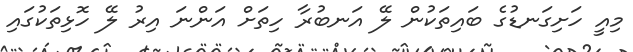
މިއީ ހަށިގަނޑުގެ ބައިތަކުން ލޭ އަނބުރާ ހިތަށް އަންނަ އިރު ލޭ ހޮޅިތަކުގައި